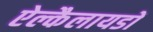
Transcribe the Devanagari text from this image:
ऐल्कैलायडों